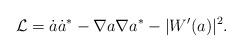
LaTeX: \begin{align*}{\cal L} = \dot{a}\dot{a}^{\ast} - \nabla a \nabla a^{\ast} - |W'(a)|^{2}.\end{align*}